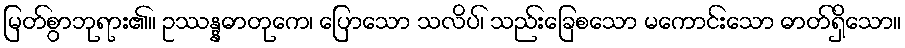
မြတ်စွာဘုရား၏။ ဥဿန္နဓာတုကေ၊ ပြောသော သလိပ်၊ သည်းခြေစသော မကောင်းသော ဓာတ်ရှိသော။